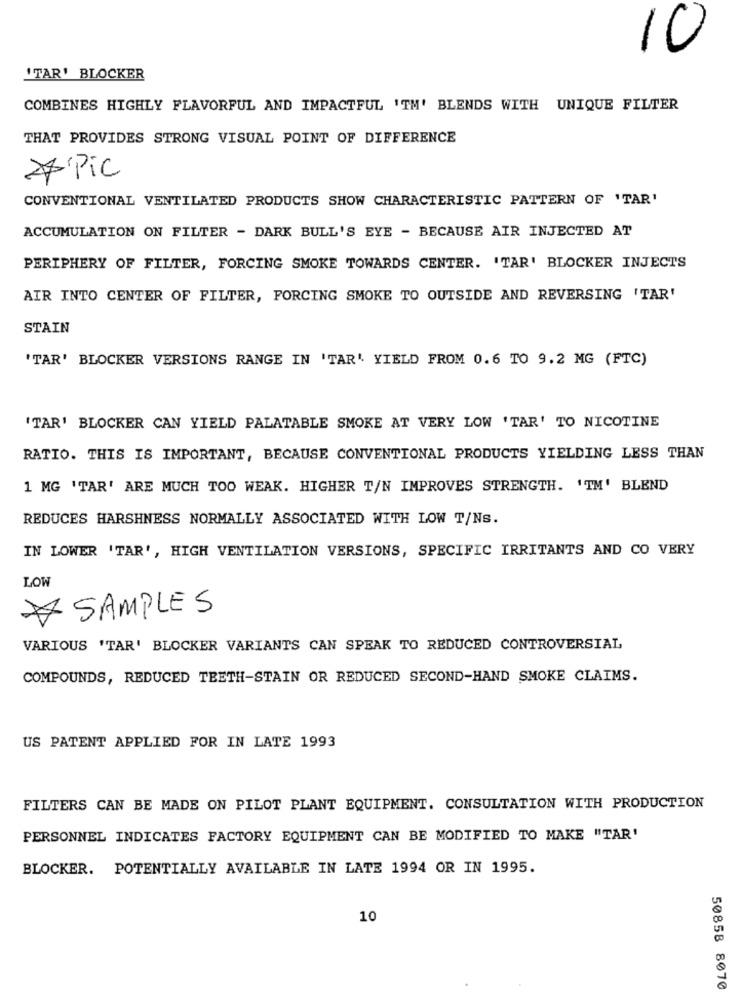
10
'TAR' BLOCKER
COMBINES HIGHLY FLAVORFUL AND IMPACTFUL 'TM' BLENDS WITH UNIQUE FILTER
THAT PROVIDES STRONG VISUAL POINT OF DIFFERENCE
*Pic
CONVENTIONAL VENTILATED PRODUCTS SHOW CHARACTERISTIC PATTERN OF 'TAR'
ACCUMULATION ON FILTER - DARK BULL'S EYE - BECAUSE AIR INJECTED AT
PERIPHERY OF FILTER, FORCING SMOKE TOWARDS CENTER. 'TAR' BLOCKER INJECTS
AIR INTO CENTER OF FILTER, FORCING SMOKE TO OUTSIDE AND REVERSING 'TAR'
STAIN
'TAR' BLOCKER VERSIONS RANGE IN 'TAR' YIELD FROM 0.6 TO 9.2 MG (FTC)
'TAR' BLOCKER CAN YIELD PALATABLE SMOKE AT VERY LOW 'TAR' TO NICOTINE
RATIO. THIS IS IMPORTANT, BECAUSE CONVENTIONAL PRODUCTS YIELDING LESS THAN
1 MG 'TAR' ARE MUCH TOO WEAK. HIGHER T/N IMPROVES STRENGTH. 'TM' BLEND
REDUCES HARSHNESS NORMALLY ASSOCIATED WITH LOW T/NS.
IN LOWER 'TAR', HIGH VENTILATION VERSIONS, SPECIFIC IRRITANTS AND CO VERY
LOW
SAMPLES
VARIOUS 'TAR' BLOCKER VARIANTS CAN SPEAK TO REDUCED CONTROVERSIAL,
COMPOUNDS, REDUCED TEETH-STAIN OR REDUCED SECOND-HAND SMOKE CLAIMS.
US PATENT APPLIED FOR IN LATE 1993
FILTERS CAN BE MADE ON PILOT PLANT EQUIPMENT. CONSULTATION WITH PRODUCTION
PERSONNEL INDICATES FACTORY EQUIPMENT CAN BE MODIFIED TO MAKE "TAR'
BLOCKER. POTENTIALLY AVAILABLE IN LATE 1994 OR IN 1995.
10
50858 8070